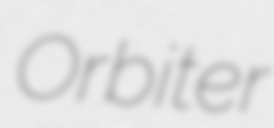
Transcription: Orbiter